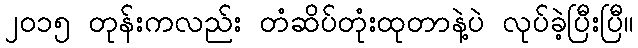
၂၀၁၅ တုန်းကလည်း တံဆိပ်တုံးထုတာနဲ့ပဲ လုပ်ခဲ့ပြီးပြီ။